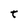
Character: t